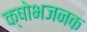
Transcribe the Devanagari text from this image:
क्षोभजनक